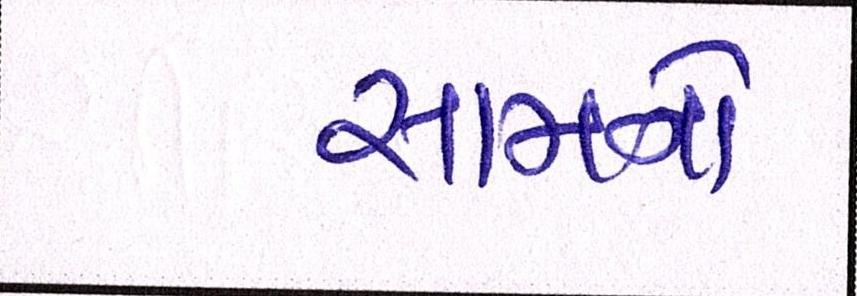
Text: સામનો